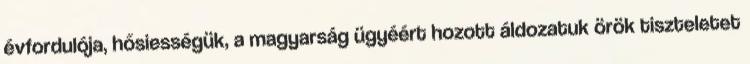
évfordulója, hősiességük, a magyarság ügyéért hozott áldozatuk örök tiszteletet